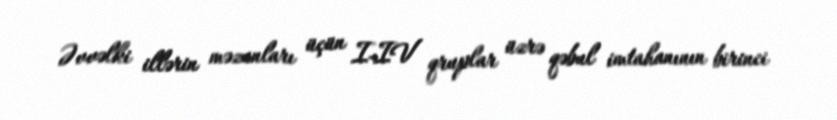
Əvvəlki illərin məzunları üçün I-IV qruplar üzrə qəbul imtahanının birinci